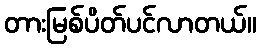
တားမြစ်ပိတ်ပင်လာတယ်။